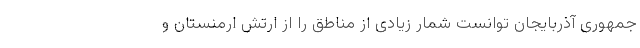
جمهوری آذربایجان توانست شمار زیادی از مناطق را از ارتش ارمنستان و